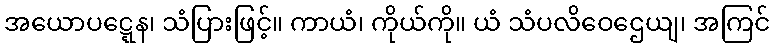
အယောပဋ္ဋေန၊ သံပြားဖြင့်။ ကာယံ၊ ကိုယ်ကို။ ယံ သံပလိဝေဌေယျ၊ အကြင်